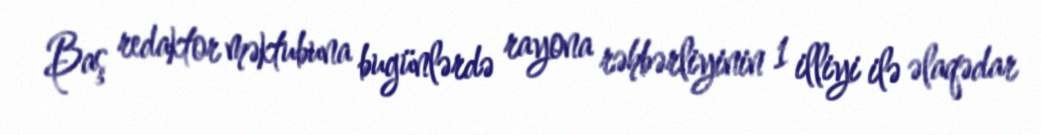
Baş redaktor məktubuna bugünlərdə rayona rəhbərliyinin 1 illiyi ilə əlaqədar